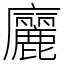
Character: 廲